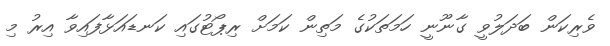
ވެރިކަން ބަދަލުވީ ގާނޫނީ ހަމަތަކުގެ މަތިން ކަމަށް ރިޕޯޓުގައި ކަނޑައަޅާފައިވާ އިރު މި